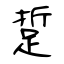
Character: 踅